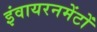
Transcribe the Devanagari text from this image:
इंवायरनमेंटों